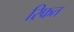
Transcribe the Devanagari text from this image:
रिफत